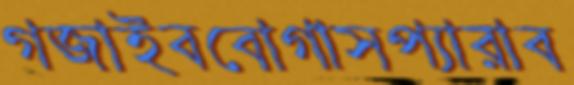
গজাইববোগাসপ্যারাব